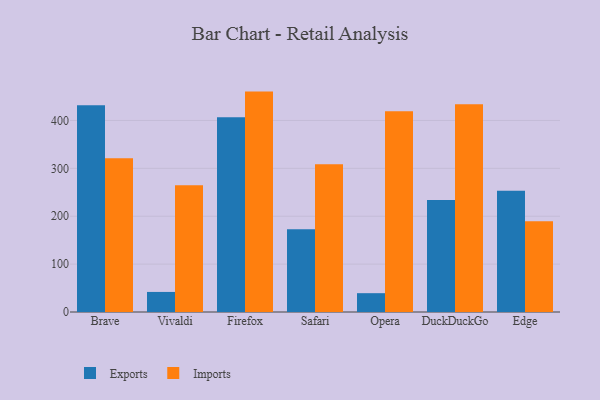
{"axis": {"x": "Browser", "y": "Backlog"}, "legend": ["Exports", "Imports"], "data": [{"x": "Brave", "y": 431.8, "type": "Exports"}, {"x": "Brave", "y": 321.2, "type": "Imports"}, {"x": "Vivaldi", "y": 41.9, "type": "Exports"}, {"x": "Vivaldi", "y": 264.5, "type": "Imports"}, {"x": "Firefox", "y": 406.9, "type": "Exports"}, {"x": "Firefox", "y": 460.3, "type": "Imports"}, {"x": "Safari", "y": 173.0, "type": "Exports"}, {"x": "Safari", "y": 308.7, "type": "Imports"}, {"x": "Opera", "y": 39.3, "type": "Exports"}, {"x": "Opera", "y": 419.2, "type": "Imports"}, {"x": "DuckDuckGo", "y": 234.0, "type": "Exports"}, {"x": "DuckDuckGo", "y": 433.8, "type": "Imports"}, {"x": "Edge", "y": 253.0, "type": "Exports"}, {"x": "Edge", "y": 189.5, "type": "Imports"}]}